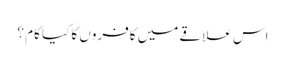
اس علاقے میں کافروں کا کیا کام ؟